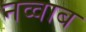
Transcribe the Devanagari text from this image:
नव्वाब